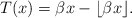
\begin{align*}T(x)=\beta x-\lfloor\beta x\rfloor.\end{align*}